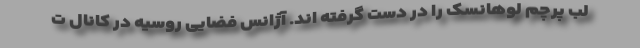
لب پرچم لوهانسک را در دست گرفته اند. آژانس فضایی روسیه در کانال ت